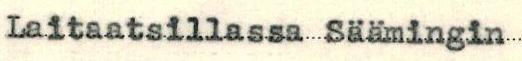
Laitaatsillassa Säämingin